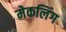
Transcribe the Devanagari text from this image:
मेकलिंग